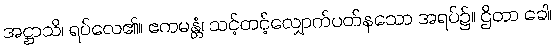
အဋ္ဌာသိ၊ ရပ်လေ၏။ ဧကမန္တံ၊ သင့်တင့်လျှောက်ပတ်နသော အရပ်၌။ ဌိတာ ခေါ၊